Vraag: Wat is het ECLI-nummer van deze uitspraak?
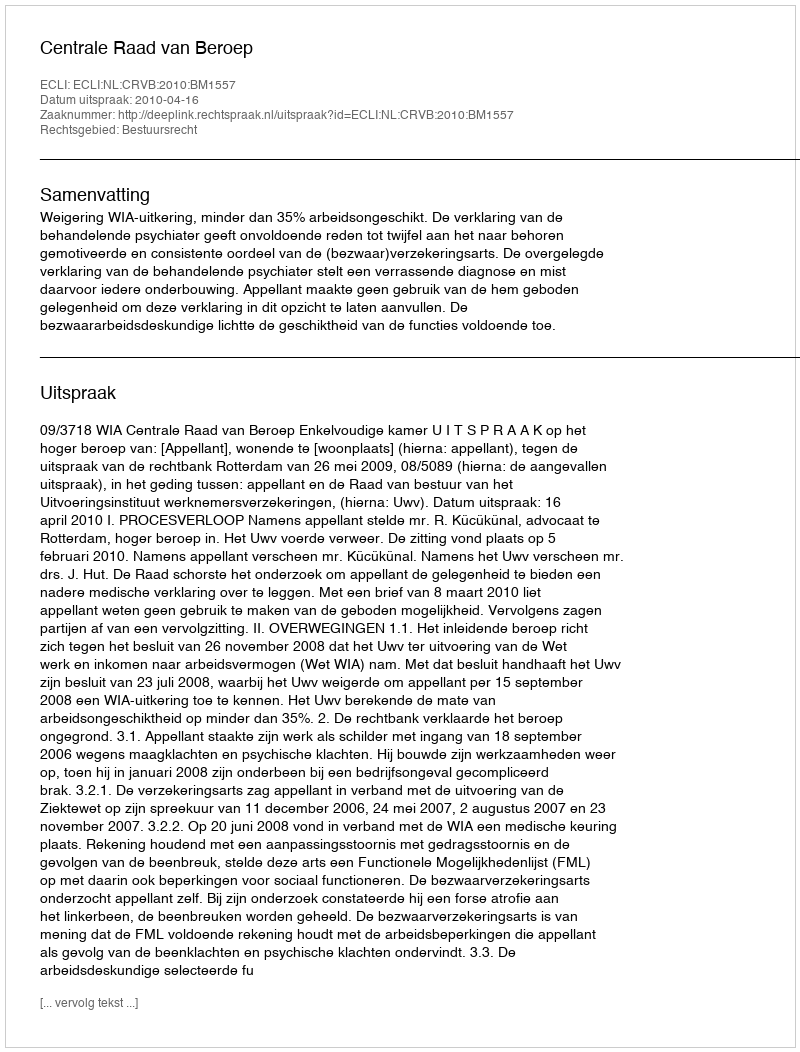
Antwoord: ECLI:NL:CRVB:2010:BM1557